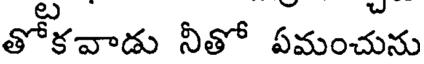
తోకవాడు నీతో ఏమంచును